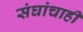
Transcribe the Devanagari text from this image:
संघांचाही